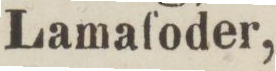
Lamaſoder,